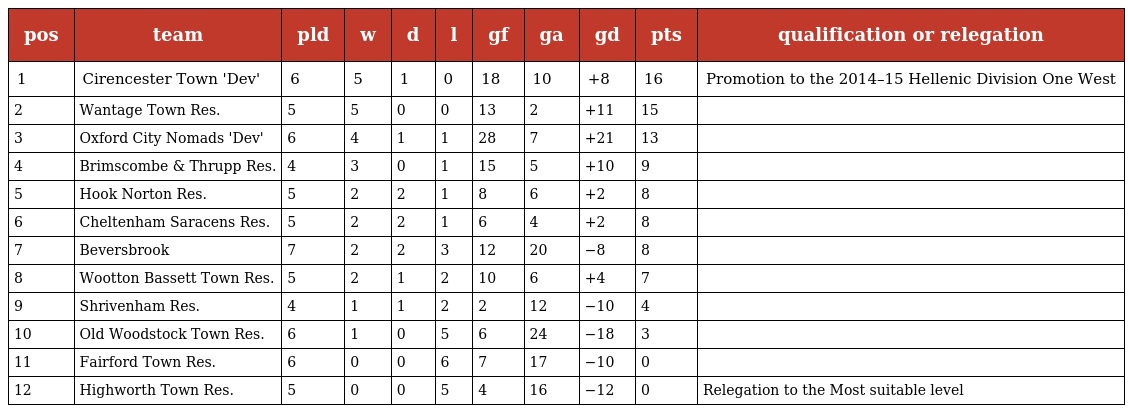
| pos | team | pld | w | d | l | gf | ga | gd | pts | qualification or relegation |
 | --- | --- | --- | --- | --- | --- | --- | --- | --- | --- | --- |
 | 1 | Cirencester Town 'Dev' | 6 | 5 | 1 | 0 | 18 | 10 | +8 | 16 | Promotion to the 2014–15 Hellenic Division One West |
 | 2 | Wantage Town Res. | 5 | 5 | 0 | 0 | 13 | 2 | +11 | 15 |  |
 | 3 | Oxford City Nomads 'Dev' | 6 | 4 | 1 | 1 | 28 | 7 | +21 | 13 |  |
 | 4 | Brimscombe & Thrupp Res. | 4 | 3 | 0 | 1 | 15 | 5 | +10 | 9 |  |
 | 5 | Hook Norton Res. | 5 | 2 | 2 | 1 | 8 | 6 | +2 | 8 |  |
 | 6 | Cheltenham Saracens Res. | 5 | 2 | 2 | 1 | 6 | 4 | +2 | 8 |  |
 | 7 | Beversbrook | 7 | 2 | 2 | 3 | 12 | 20 | −8 | 8 |  |
 | 8 | Wootton Bassett Town Res. | 5 | 2 | 1 | 2 | 10 | 6 | +4 | 7 |  |
 | 9 | Shrivenham Res. | 4 | 1 | 1 | 2 | 2 | 12 | −10 | 4 |  |
 | 10 | Old Woodstock Town Res. | 6 | 1 | 0 | 5 | 6 | 24 | −18 | 3 |  |
 | 11 | Fairford Town Res. | 6 | 0 | 0 | 6 | 7 | 17 | −10 | 0 |  |
 | 12 | Highworth Town Res. | 5 | 0 | 0 | 5 | 4 | 16 | −12 | 0 | Relegation to the Most suitable level |